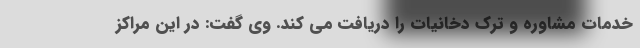
خدمات مشاوره و ترک دخانیات را دریافت می کند. وی گفت: در این مراکز